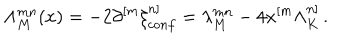
\Lambda _ { M } ^ { m n } ( x ) = - 2 \partial ^ { [ m } \xi _ { c o n f } ^ { n ] } = \lambda _ { M } ^ { m n } - 4 x ^ { [ m } \Lambda _ { K } ^ { n ] } \, .